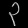
Digit: ၃